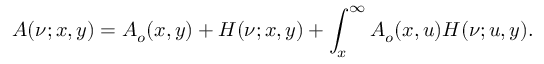
A ( \nu ; x , y ) = A _ { o } ( x , y ) + H ( \nu ; x , y ) + \int _ { x } ^ { \infty } A _ { o } ( x , u ) H ( \nu ; u , y ) .